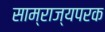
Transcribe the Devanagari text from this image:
साम्राज्यपरक